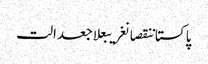
پاکستاننقصانغریبعلاجعدالت